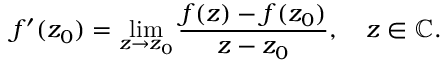
f ^ { \prime } ( z _ { 0 } ) = \operatorname* { l i m } _ { z \to z _ { 0 } } { \frac { f ( z ) - f ( z _ { 0 } ) } { z - z _ { 0 } } } , \quad z \in \mathbb { C } .